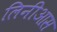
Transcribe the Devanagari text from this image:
लिनीआस